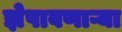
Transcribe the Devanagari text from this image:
झेपावणाऱ्या